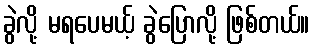
ခွဲလို့ မရပေမယ့် ခွဲပြောလို့ ဖြစ်တယ်။